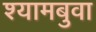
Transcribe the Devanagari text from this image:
श्यामबुवा